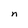
Character: n